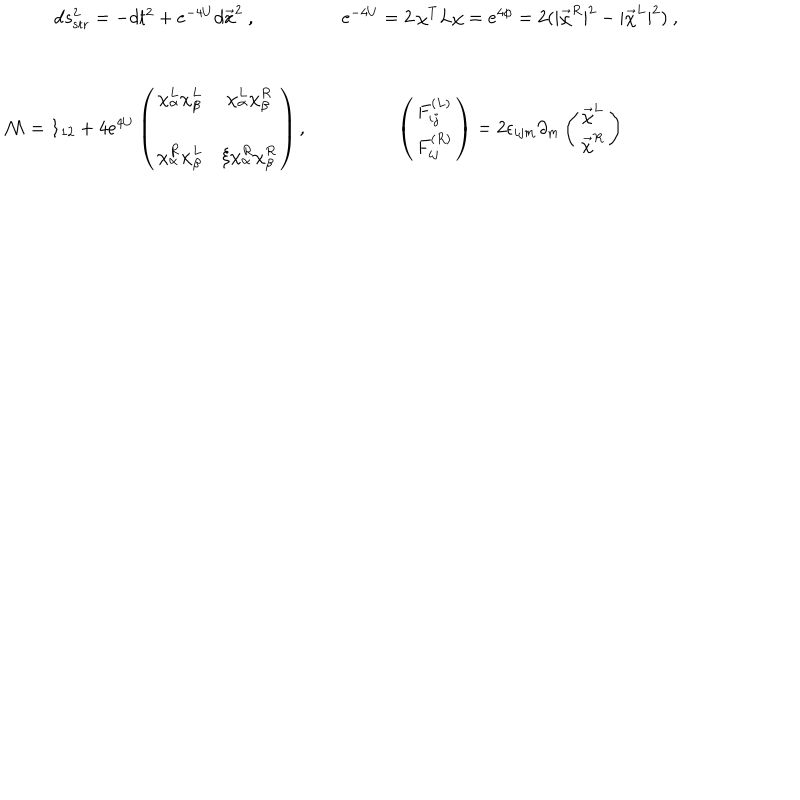
\begin{array} { c c c } { { d s _ { \mathrm { s t r } } ^ { 2 } = - d t ^ { 2 } + e ^ { - 4 U } d \vec { x } ^ { 2 } \ , } } & { { } } & { { e ^ { - 4 U } = 2 \, \chi ^ { T } L \chi = e ^ { 4 \phi } = 2 ( | \vec { \chi } ^ { R } | ^ { 2 } - | \vec { \chi } ^ { L } | ^ { 2 } ) \ , } } \\ { { \nonumber } } \\ { { \nonumber } } \\ { { { \cal M } = { \bf 1 } _ { 1 2 } + 4 e ^ { 4 U } \left( \begin{array} { c c } { { \chi _ { \alpha } ^ { L } \chi _ { \beta } ^ { L } } } & { { \chi _ { \alpha } ^ { L } \chi _ { \beta } ^ { R } } } \\ { { \nonumber } } \\ { { \chi _ { \alpha } ^ { R } \chi _ { \beta } ^ { L } } } & { { \xi \chi _ { \alpha } ^ { R } \chi _ { \beta } ^ { R } } } \\ \end{array} \right) , } } & { { } } & { { \left( \begin{array} { c } { { F _ { i j } ^ { ( L ) } } } \\ { { F _ { i j } ^ { ( R ) } } } \\ \end{array} \right) = 2 \epsilon _ { i j m } \partial _ { m } \left( \begin{array} { c } { { \vec { \chi } ^ { L } } } \\ { { \vec { \chi } ^ { R } } } \\ \end{array} \right) } } \\ \end{array}